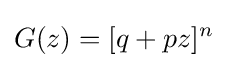
G(z)=[q+pz]^{n}